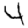
Digit: 4